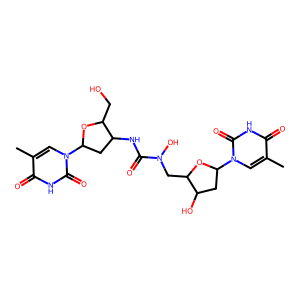
SMILES: Cc1cn(C2CC(O)C(CN(O)C(=O)NC3CC(n4cc(C)c(=O)[nH]c4=O)OC3CO)O2)c(=O)[nH]c1=O
Inhibits HIV replication: No